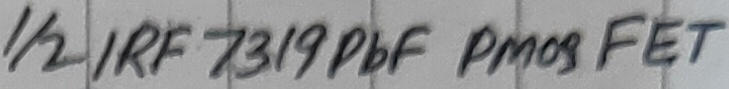
Text: 1/2 IRF 7319PbF PMOS FET